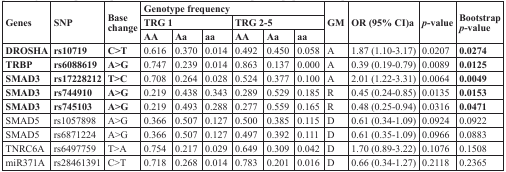
<table><thead><tr><td rowspan="3"><b>Genes</b></td><td rowspan="3"><b>SNP</b></td><td rowspan="3"><b>Base change</b></td><td colspan="6"><b>Genotype frequency</b></td><td rowspan="3"><b>GM</b></td><td rowspan="3"><b>OR (95% CI)<sup>a</sup></b></td><td rowspan="3"><b><i>p</i>-value</b></td><td rowspan="3"><b>Bootstrap <i>p</i>-value</b></td></tr><tr><td colspan="3"><b>TRG 1</b></td><td colspan="3"><b>TRG 2-5</b></td></tr><tr><td><b>AA</b></td><td><b>Aa</b></td><td><b>aa</b></td><td><b>AA</b></td><td><b>Aa</b></td><td><b>aa</b></td></tr></thead><tbody><tr><td><b>DROSHA</b></td><td><b>rs10719</b></td><td><b>C&gt;T</b></td><td>0.616</td><td>0.370</td><td>0.014</td><td>0.492</td><td>0.450</td><td>0.058</td><td>A</td><td>1.87 (1.10-3.17)</td><td>0.0207</td><td><b>0.0274</b></td></tr><tr><td><b>TRBP</b></td><td><b>rs6088619</b></td><td><b>A&gt;G</b></td><td>0.747</td><td>0.239</td><td>0.014</td><td>0.863</td><td>0.137</td><td>0.000</td><td>A</td><td>0.39 (0.19-0.79)</td><td>0.0089</td><td><b>0.0125</b></td></tr><tr><td><b>SMAD3</b></td><td><b>rs17228212</b></td><td><b>T&gt;C</b></td><td>0.708</td><td>0.264</td><td>0.028</td><td>0.524</td><td>0.377</td><td>0.100</td><td>A</td><td>2.01 (1.22-3.31)</td><td>0.0064</td><td><b>0.0049</b></td></tr><tr><td><b>SMAD3</b></td><td><b>rs744910</b></td><td><b>A&gt;G</b></td><td>0.219</td><td>0.438</td><td>0.343</td><td>0.289</td><td>0.529</td><td>0.185</td><td>R</td><td>0.45 (0.24-0.85)</td><td>0.0135</td><td><b>0.0153</b></td></tr><tr><td><b>SMAD3</b></td><td><b>rs745103</b></td><td><b>A&gt;G</b></td><td>0.219</td><td>0.493</td><td>0.288</td><td>0.277</td><td>0.559</td><td>0.165</td><td>R</td><td>0.48 (0.25-0.94)</td><td>0.0316</td><td><b>0.0471</b></td></tr><tr><td>SMAD5</td><td>rs1057898</td><td>A&gt;G</td><td>0.366</td><td>0.507</td><td>0.127</td><td>0.500</td><td>0.385</td><td>0.115</td><td>D</td><td>0.61 (0.34-1.09)</td><td>0.0924</td><td>0.0922</td></tr><tr><td>SMAD5</td><td>rs6871224</td><td>A&gt;G</td><td>0.366</td><td>0.507</td><td>0.127</td><td>0.497</td><td>0.392</td><td>0.111</td><td>D</td><td>0.61 (0.35-1.09)</td><td>0.0966</td><td>0.0883</td></tr><tr><td>TNRC6A</td><td>rs6497759</td><td>T&gt;A</td><td>0.754</td><td>0.217</td><td>0.029</td><td>0.649</td><td>0.309</td><td>0.042</td><td>D</td><td>1.70 (0.89-3.22)</td><td>0.1076</td><td>0.1508</td></tr><tr><td>miR371A</td><td>rs28461391</td><td>C&gt;T</td><td>0.718</td><td>0.268</td><td>0.014</td><td>0.783</td><td>0.201</td><td>0.016</td><td>D</td><td>0.66 (0.34-1.27)</td><td>0.2118</td><td>0.2365</td></tr></tbody></table>